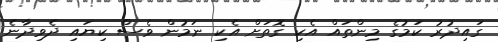
ގައިދުރު ކަމުގެ މިންތައް އެކި ގޮތަށް އެކި ނަމުން ވެސް ކިޔައި ދެވިދާނެ